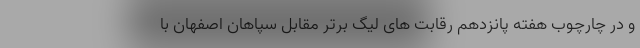
و در چارچوب هفته پانزدهم رقابت های لیگ برتر مقابل سپاهان اصفهان با